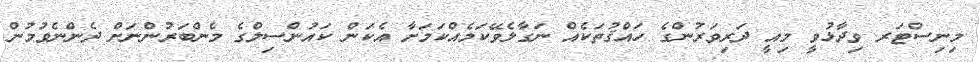
މިނިސްޓަރ ވިދާޅުވީ މިއީ ދަރިވަރުންގެ ހައްޤުތަކެއް ނަގާލެވޭކަމެއްކަމަށާ އެކަން ކައުންސިލްގެ މެންބަރުންނަށް ދެންނެވުމުން